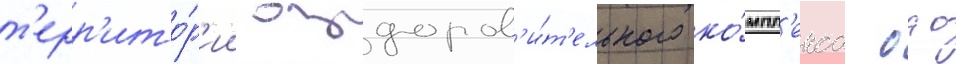
т'ерр'ито́р'ии оздоров'и́т'ельного ко́мпл'екса оао